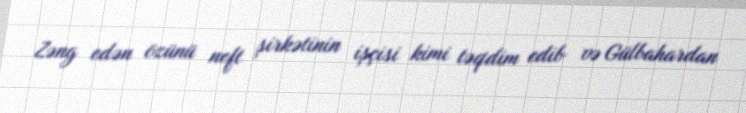
Zəng edən özünü neft şirkətinin işçisi kimi təqdim edib və Gülbahardan